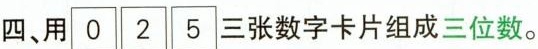
四、用0│2│5|三张数字卡片组成三位数。